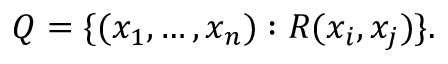
Q = \{ ( x _ { 1 } , \ldots , x _ { n } ) : R ( x _ { i } , x _ { j } ) \} .